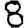
Digit: 8